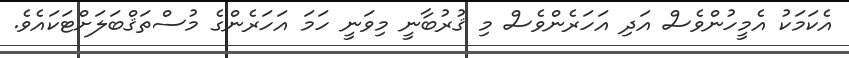
އެކަމަކު އެމީހުންވެސް އަދި އަހަރެންވެސް މި ޤުރުބާނީ މިވަނީ ހަމަ އަހަރެންގެ މުސްތަޤްބަލަށްޓަކައެވެ.